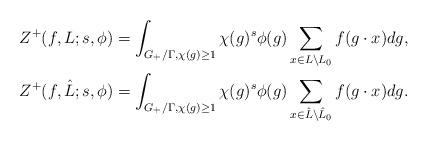
LaTeX: \begin{align*} Z^+(f, L; s, \phi) & = \int_{G_+/\Gamma, \chi(g)\geq 1}\chi(g)^s\phi(g)\sum_{x \in L \setminus L_0}f(g\cdot x)dg,\\ Z^+(f, \hat{L}; s, \phi) & = \int_{G_+/\Gamma, \chi(g)\geq 1}\chi(g)^s\phi(g)\sum_{x \in \hat{L} \setminus \hat{L}_0}f(g\cdot x)dg.\end{align*}